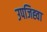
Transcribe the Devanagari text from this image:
उपजिह्वा